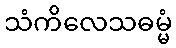
သံကိလေသဓမ္မံ